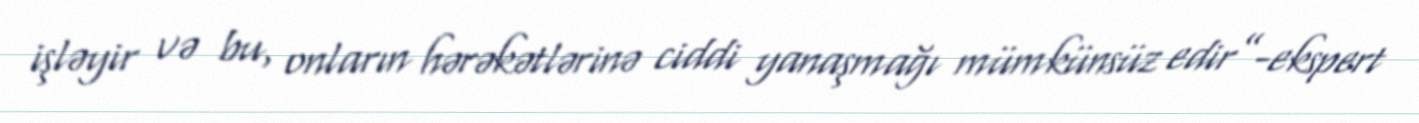
işləyir və bu, onların hərəkətlərinə ciddi yanaşmağı mümkünsüz edir”-ekspert